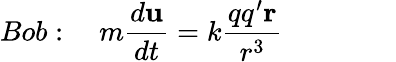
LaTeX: Bob:\quad m\frac{d\mathbf{u}}{dt}=k\frac{qq^{\prime}\mathbf{r}}{r^{3}}\qquad\qquad